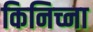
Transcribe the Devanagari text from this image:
किनिच्ना